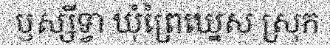
ឫស្សីទ្វា ឃុំព្រៃឃ្នេស ស្រុក